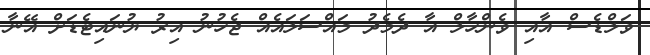
ވަލްޑެސް އާއި ވެންހާލް އާ ދެމެދު މައްސަލައެއް ޖެހުނު އިރު ޔުނައިޓެޑަށް އޭނާ